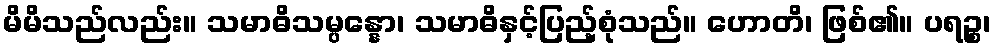
မိမိသည်လည်း။ သမာဓိသမ္ပန္နော၊ သမာဓိနှင့်ပြည့်စုံသည်။ ဟောတိ၊ ဖြစ်၏။ ပရဉ္စ၊